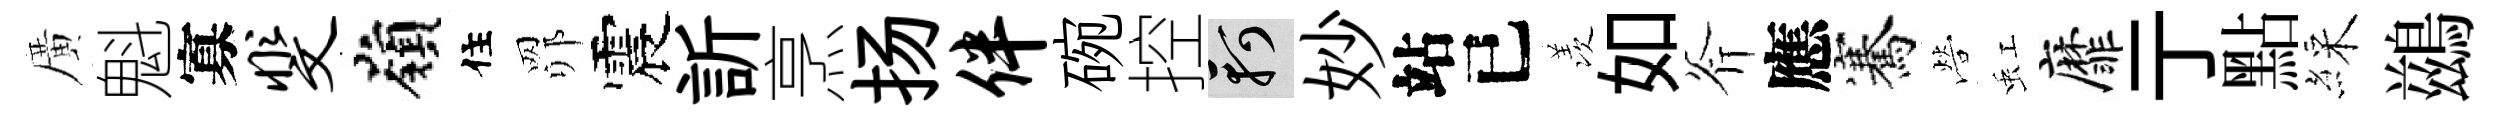
廣魁寡斐嶺住𦊑震訢烹扬伴碗控軻妙站已羡如斧應騫營虹靡亍點綵鷀